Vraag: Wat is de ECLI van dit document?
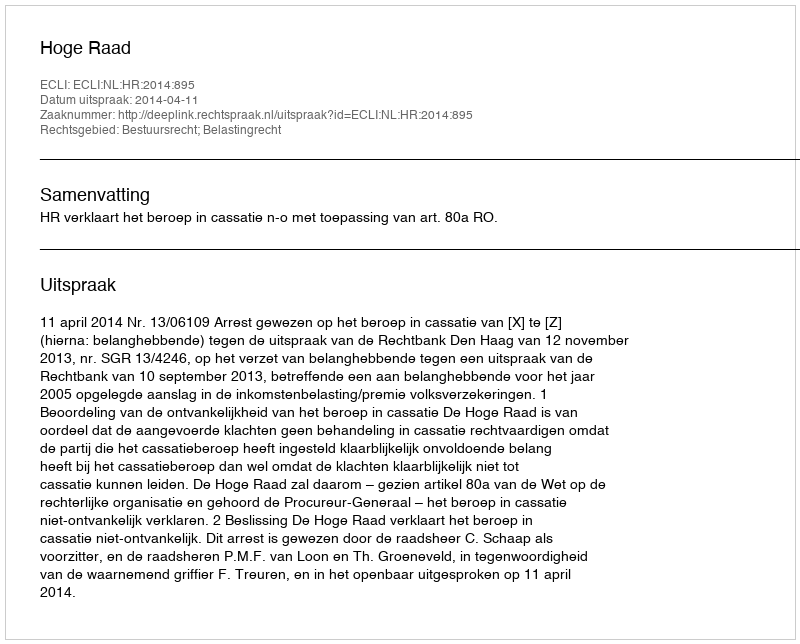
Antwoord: ECLI:NL:HR:2014:895